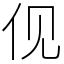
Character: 伣